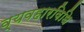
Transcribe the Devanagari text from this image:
व्यवहारविधि